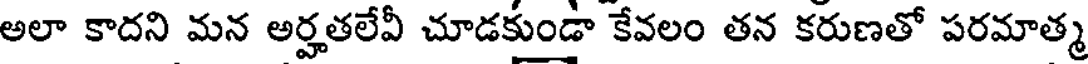
అలా కాదని మన అర్హతలేవీ చూడకుండా కేవలం తన కరుణతో పరమాత్మ